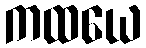
ကထယေ